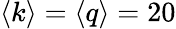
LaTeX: \langle k\rangle=\langle q\rangle=20